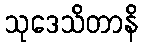
သုဒေသိတာနိ